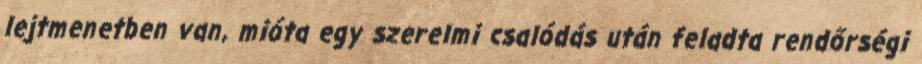
lejtmenetben van, mióta egy szerelmi csalódás után feladta rendőrségi